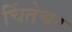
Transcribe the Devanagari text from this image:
चिंतेश्वर